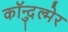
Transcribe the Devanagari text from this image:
कॉन्दुल्मेर